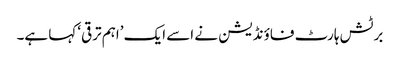
برٹش ہارٹ فاؤنڈیشن نے اسے ایک ’اہم ترقی‘ کہا ہے۔